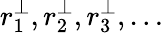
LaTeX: r_{1}^{\perp},r_{2}^{\perp},r_{3}^{\perp},\ldots